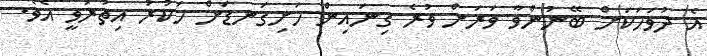
އެ ދުވަހަކަށް ބޭނުންވާ ވަރަށް ވުރެ ގިނައިން ހަށިގަނޑަށް ހަކުރު އިތުރުވީ އެވެ.